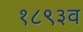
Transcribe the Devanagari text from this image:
१८९३व